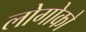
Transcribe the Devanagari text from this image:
लोगोको